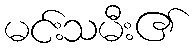
မင်းသမီး၏